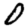
Digit: 0